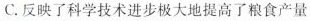
C.反映了科学技术进步极大地提高了粮食产量